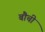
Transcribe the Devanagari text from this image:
बौची